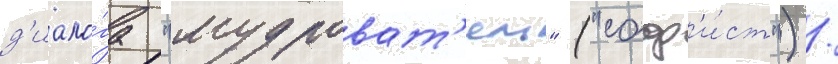
д'иало́га "мудроват'ель" ("соф'и́ст") /